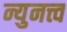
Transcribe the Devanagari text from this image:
न्युनत्त्व